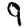
Digit: 9